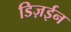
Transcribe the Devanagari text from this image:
डिज़ईन